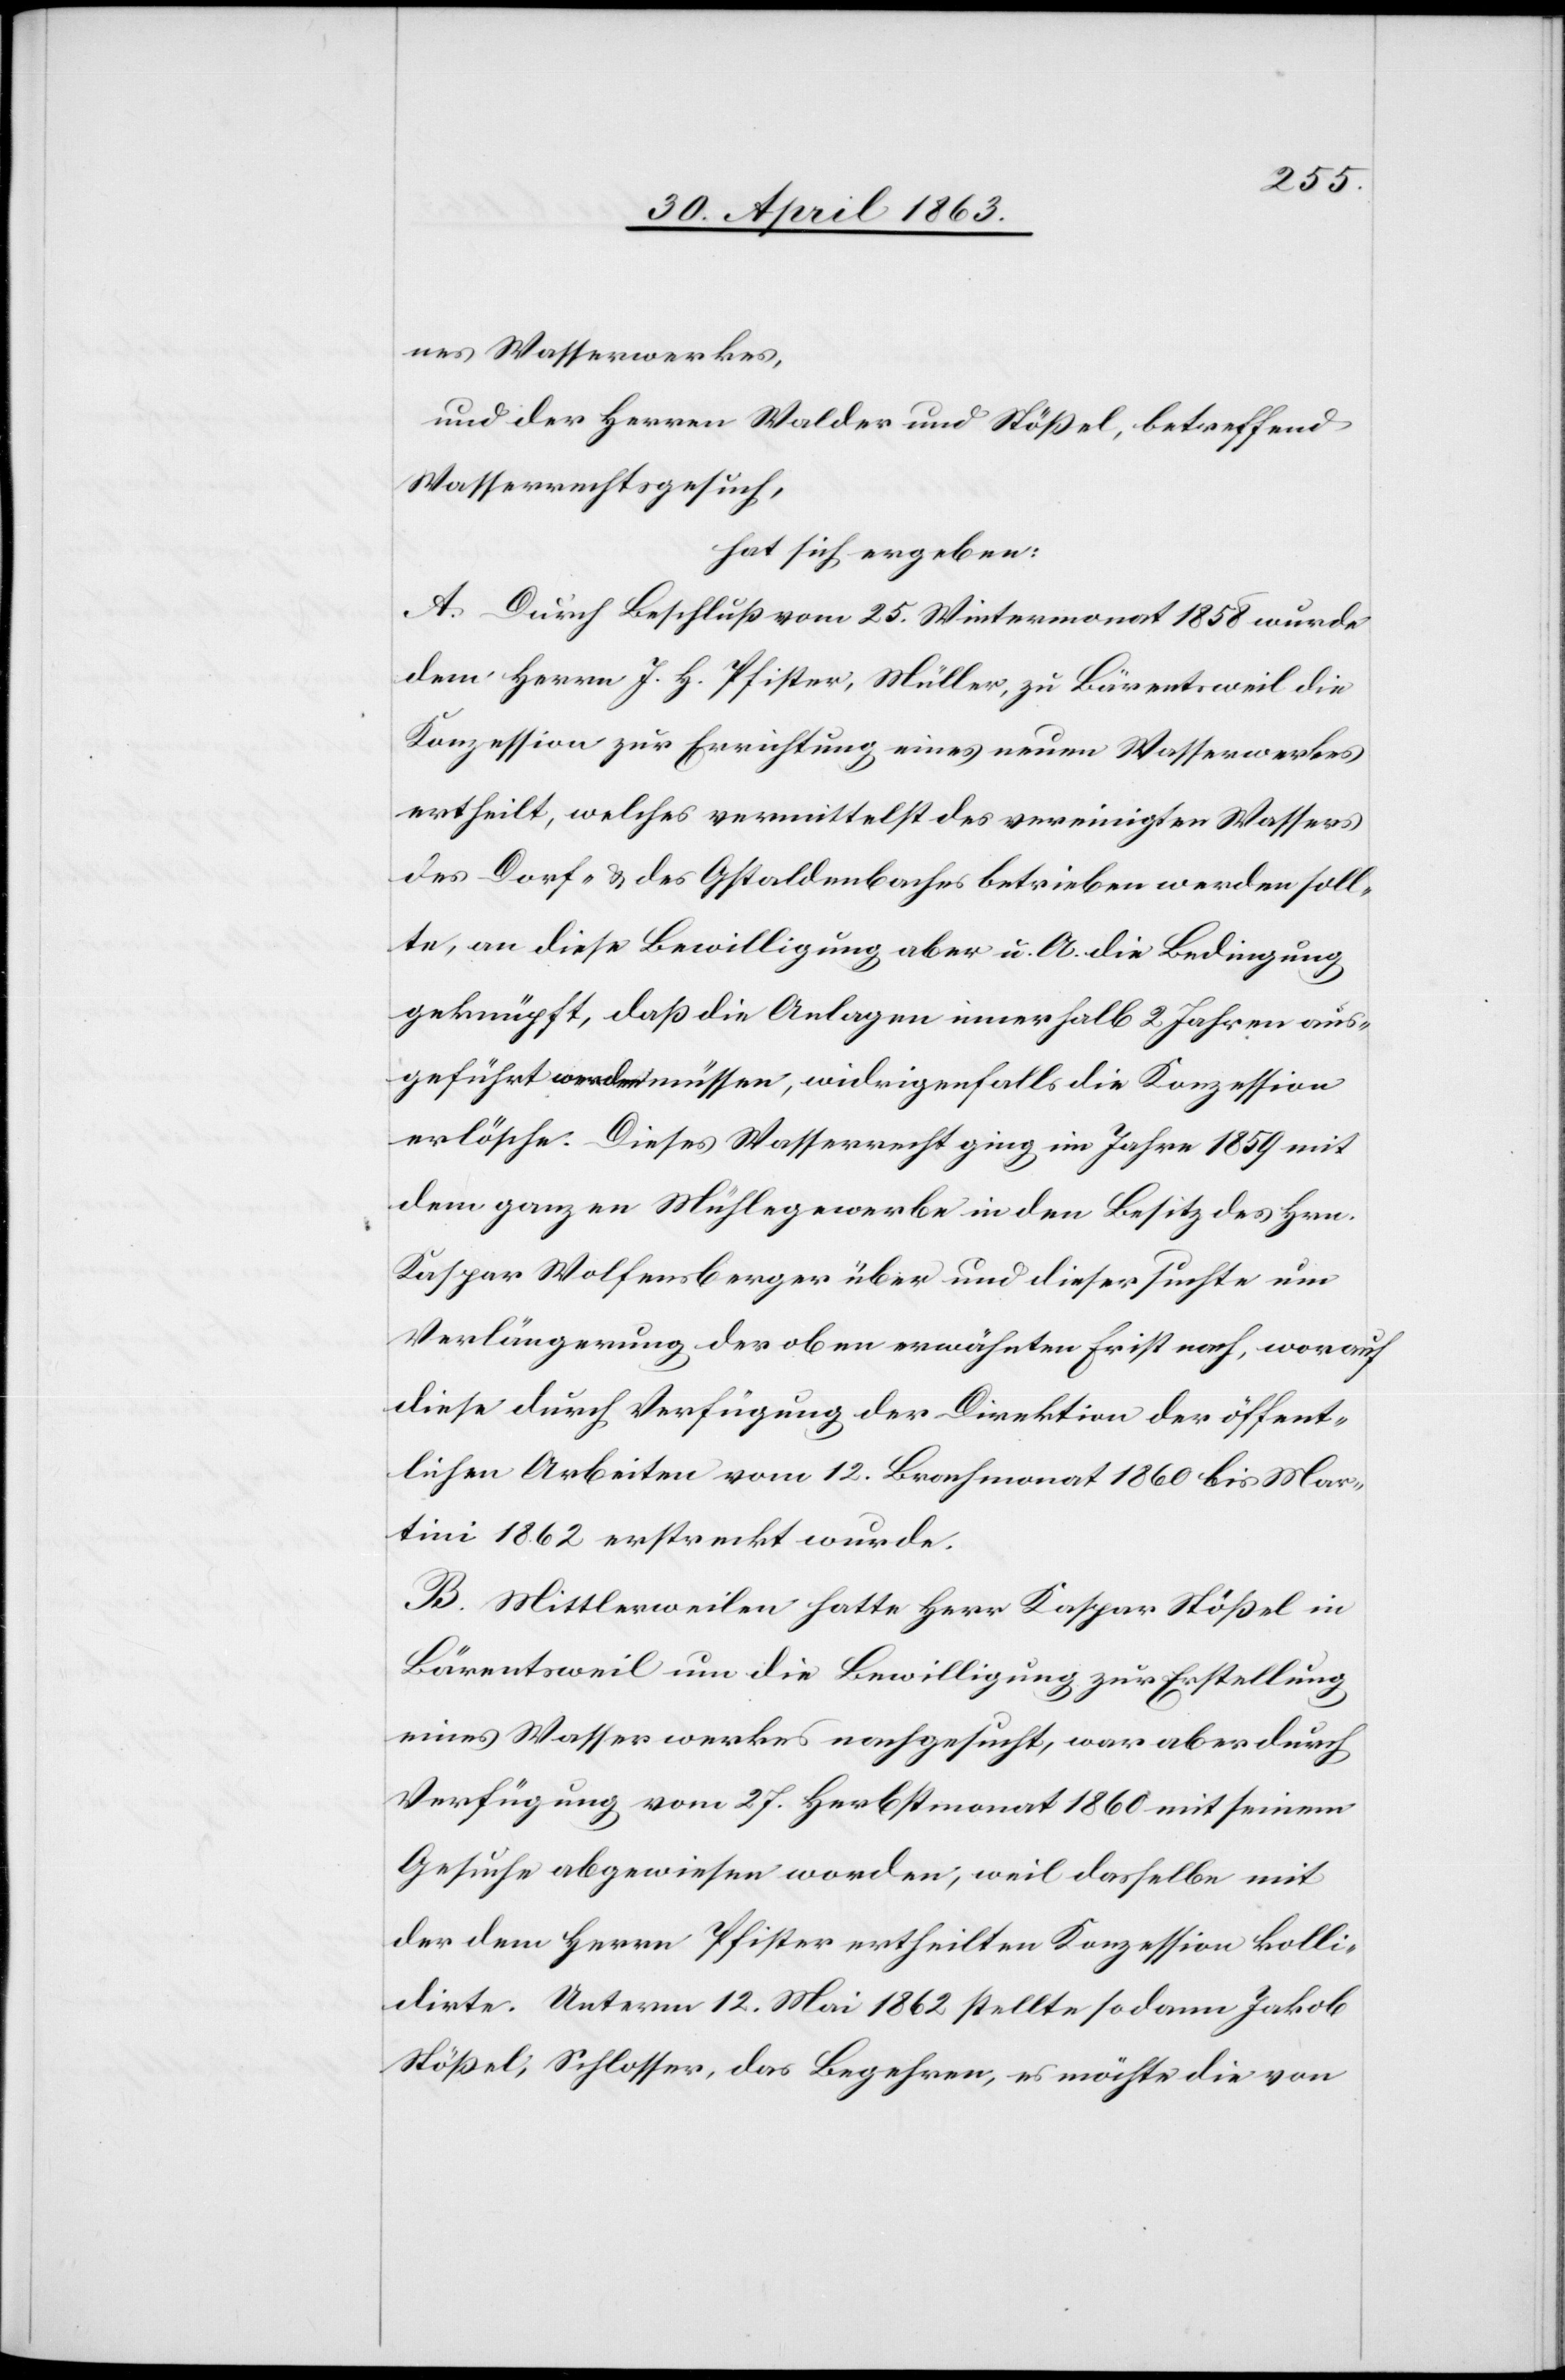
nes Wasserwerkes,
und der Herren Walder und Stößel, betreffend
Wasserrechtsgesuch,
hat sich ergeben:
A. Durch Beschluß vom 25. Wintermonat 1858 wurde
dem Herrn J. H. Pfister, Müller, zu Bärentsweil die
Konzession zur Errichtung eines neuen Wasserwerkes
ertheilt, welches vermittelst des vereinigten Wassers
des Dorf- & des Gstaldenbaches betrieben werden soll¬
te, an diese Bewilligung aber u. A. die Bedingung
geknüpft, daß die Anlagen innerhalb 2 Jahren aus¬
geführt werden müssen, widrigenfalls die Konzession
erlösche. Dieses Wasserrecht ging im Jahre 1859 mit
dem ganzen Mühlegewerbe in den Besitz des Hrn.
Kaspar Wolfensberger über und dieser suchte um
Verlängerung der oben erwähnten Frist nach, worauf
diese durch Verfügung der Direktion der öffent¬
lichen Arbeiten vom 12. Brachmonat 1860 bis Mar¬
tini 1862 erstreckt wurde.
B. Mittlerweilen hatte Herr Kaspar Stößel in
Bärentsweil um die Bewilligung zur Erstellung
eines Wasserwerkes nachgesucht, war aber durch
Verfügung vom 27. Herbstmonat 1860 mit seinem
Gesuche abgewiesen worden, weil dasselbe mit
der dem Herrn Pfister ertheilten Konzession kolli¬
dirte. Unterm 12. Mai 1862 stellte sodann Jakob
Stößel, Schlosser, das Begehren, es möchte die von